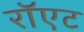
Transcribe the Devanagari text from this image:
रॉएट